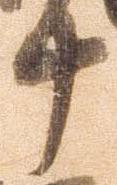
十